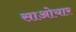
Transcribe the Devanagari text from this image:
साओयार